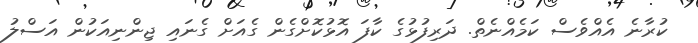
ކުރާނެ އެއްވެސް ކަމެއްނެތް. ދަރިފުޅުގެ ކާފަ އޮޅުކޮށްގެން ގެއަށް ގެނައި ޖިންނިއަކުން އަސްލު